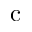
\mathrm { c }